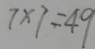
7 \times 7 = 4 9